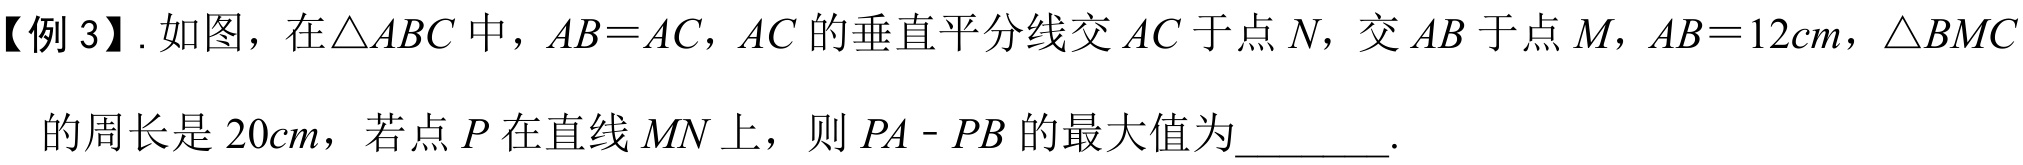
【例 3】. 如图，在\(\triangle ABC\)中，\(AB = AC\)，\(AC\)的垂直平分线交\(AC\)于点\(N\)，交\(AB\)于点\(M\)，\(AB = 12cm\)，\(\triangle BMC\)的周长是\(20cm\)，若点\(P\)在直线\(MN\)上，则\(PA - PB\)的最大值为 .